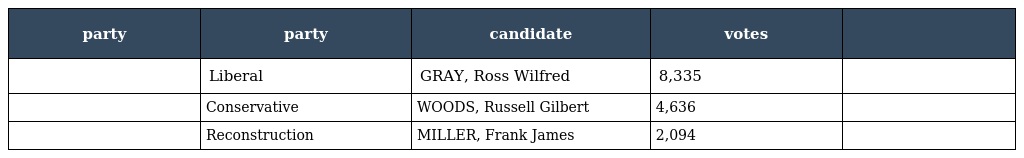
| party | party | candidate | votes |  |
 | --- | --- | --- | --- | --- |
 |  | Liberal | GRAY, Ross Wilfred | 8,335 |  |
 |  | Conservative | WOODS, Russell Gilbert | 4,636 |  |
 |  | Reconstruction | MILLER, Frank James | 2,094 |  |